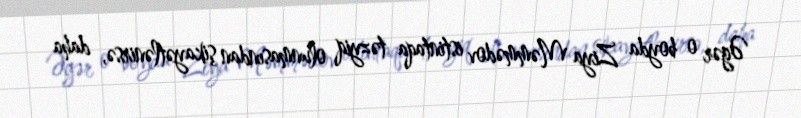
Əgər o boyda Ziya Məmmədov istintaqa təzyiq olunmasından şikayətlənirsə, daha